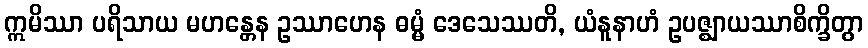
ဣမိဿာ ပရိသာယ မဟန္တေန ဥဿာဟေန ဓမ္မံ ဒေသေဿတိ, ယံနူနာဟံ ဥပဇ္ဈာယဿာစိက္ခိတွာ